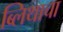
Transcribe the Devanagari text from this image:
ब्लिथाचा